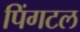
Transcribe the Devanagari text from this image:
पिंगटल